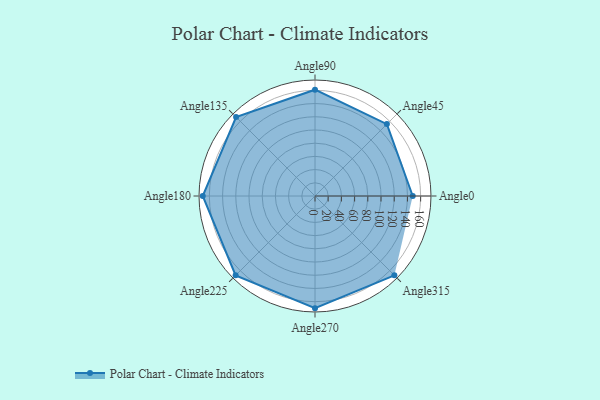
{"axis": {"x": "Angle", "y": "Radius"}, "legend": [""], "data": [{"x": "Angle0", "y": 148.0, "type": ""}, {"x": "Angle45", "y": 154.0, "type": ""}, {"x": "Angle90", "y": 161.0, "type": ""}, {"x": "Angle135", "y": 169.0, "type": ""}, {"x": "Angle180", "y": 170, "type": ""}, {"x": "Angle225", "y": 170, "type": ""}, {"x": "Angle270", "y": 170, "type": ""}, {"x": "Angle315", "y": 170, "type": ""}]}